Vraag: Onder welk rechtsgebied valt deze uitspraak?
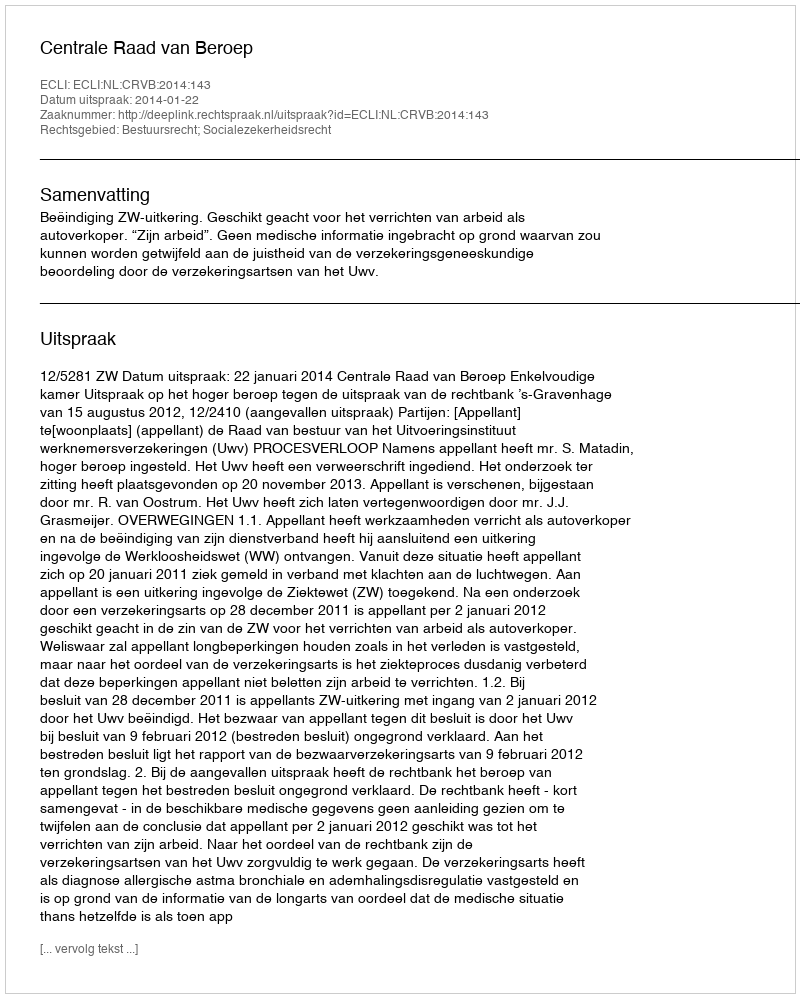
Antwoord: Bestuursrecht; Socialezekerheidsrecht